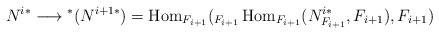
\begin{align*} N^{i*} \longrightarrow {}^{*}(N^{i+1*}) = \operatorname{Hom}_{F_{i+1}}({}_{F_{i+1}}\operatorname{Hom}_{F_{i+1}}(N^{i*}_{F_{i+1}},F_{i+1}), F_{i+1})\end{align*}